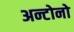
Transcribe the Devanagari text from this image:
अन्टोनो